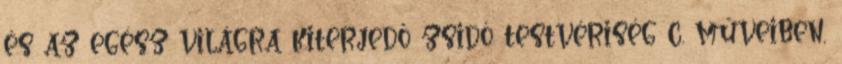
és az egész világra kiterjedő zsidó testvériség c. műveiben,